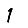
Digit: 1